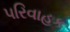
પરિવાહક